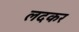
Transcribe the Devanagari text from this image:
लदकर